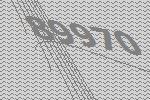
89970